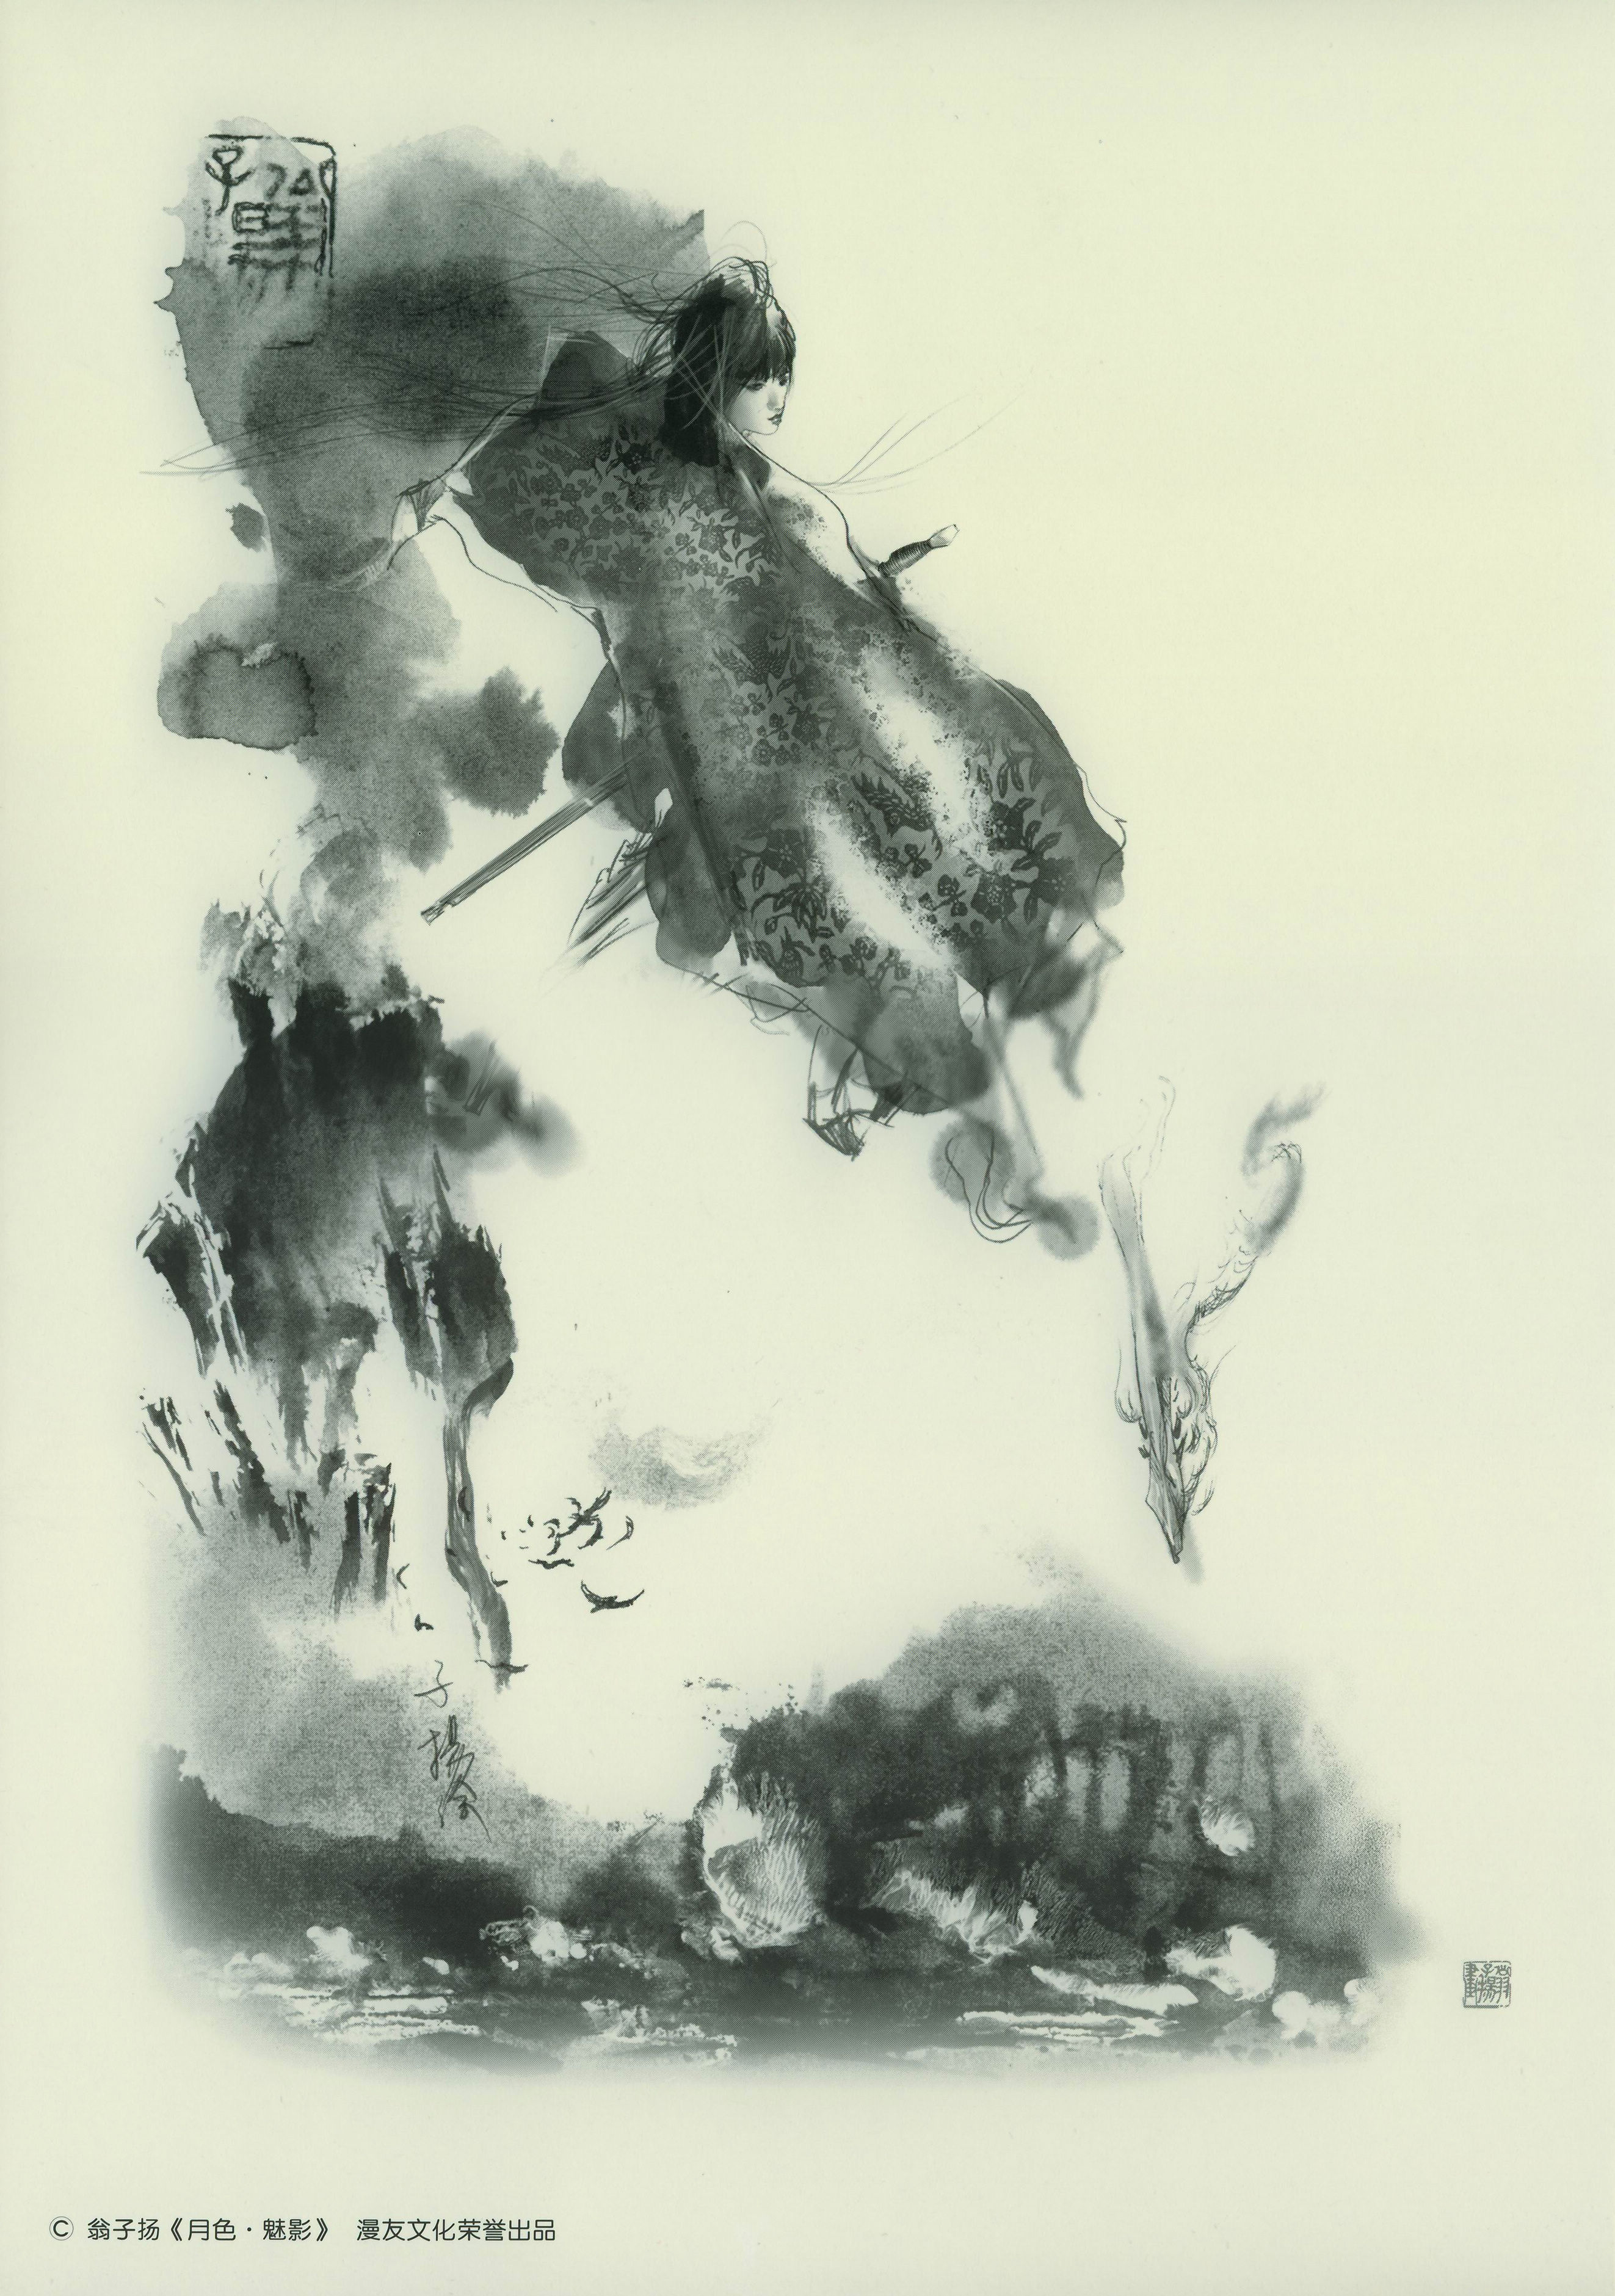
离人心上秋。